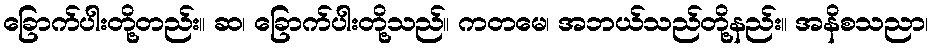
ခြောက်ပါးတို့တည်း။ ဆ၊ ခြောက်ပါးတို့သည်။ ကတမေ၊ အဘယ်သည်တို့နည်း။ အနိစသညာ၊